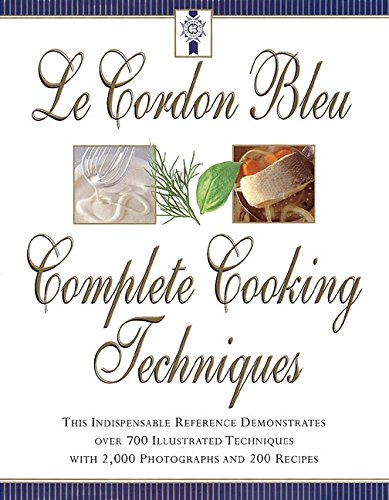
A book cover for Le Cordon Bleu's Complete Cooking Techniques; Jeni Wright; Cookbooks, Food & Wine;